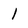
Character: 1